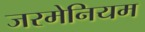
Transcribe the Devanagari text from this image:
जरमेनियम